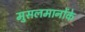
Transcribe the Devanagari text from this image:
मुसलमानोंके